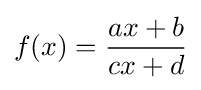
f(x)={\frac {ax+b}{cx+d}}